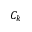
C _ { k }